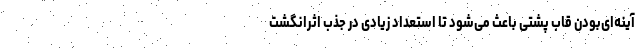
آینه‌ای‌بودن قاب پشتی باعث می‌شود تا استعداد زیادی در جذب اثرانگشت